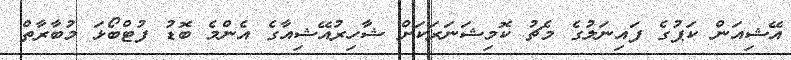
އޭޝިއަން ކަޕުގެ ފައިނަލުގެ މެޗު ކޮމިޝަނަރަކަށް ޝާހިރުއޭޝިއާގެ އެންމެ ބޮޑު ފުޓްބޯޅަ މުބާރާތް